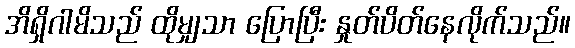
အိရှိဂါမိသည် ထိုမျှသာ ပြောပြီး နှုတ်ပိတ်နေလိုက်သည်။